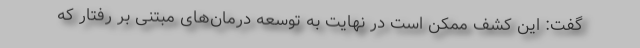
گفت: این کشف ممکن است در نهایت به توسعه درمان‌های مبتنی بر رفتار که